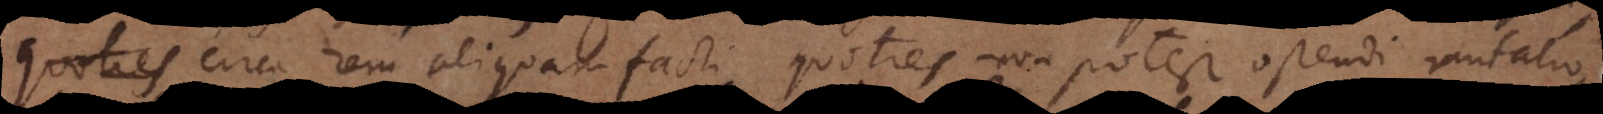
quoties circa rem aliquam facti, quoties non potest ostendi mutatio,